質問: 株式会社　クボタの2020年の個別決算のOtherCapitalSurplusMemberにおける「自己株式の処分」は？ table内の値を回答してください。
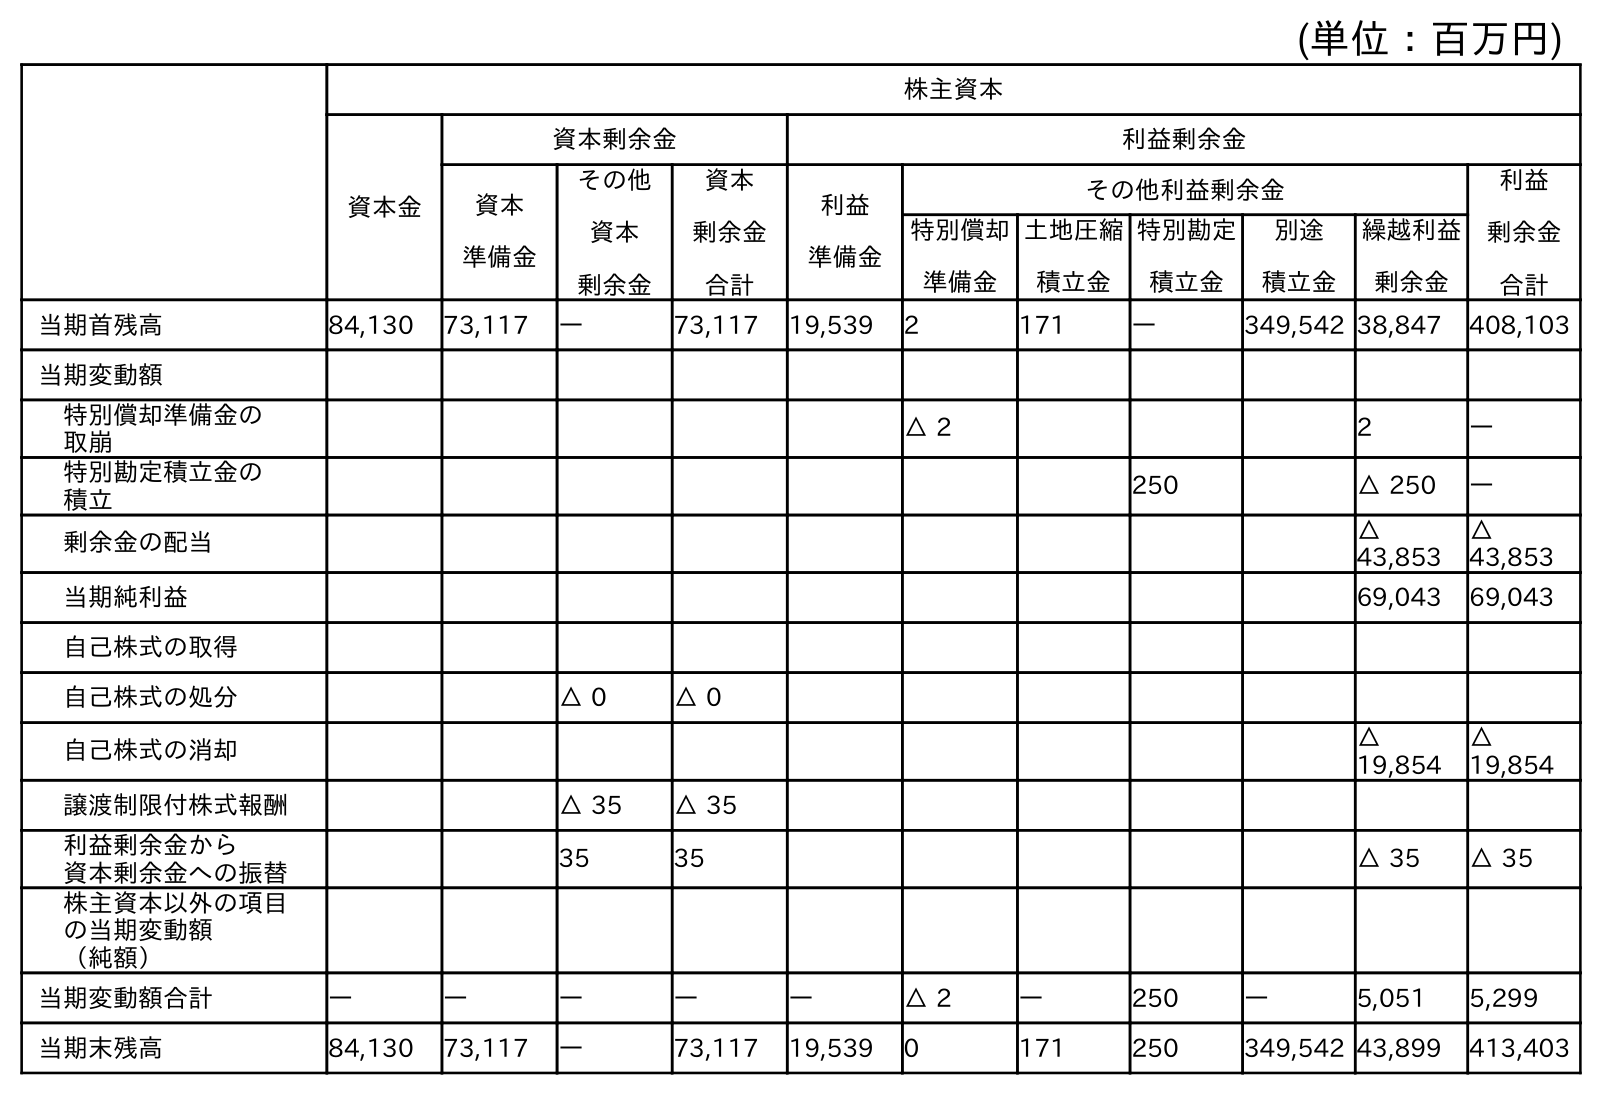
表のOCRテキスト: (単位：百万円) 株主資本 資本金 資本剰余金 利益剰余金 資本 準備金 その他 資本 剰余金 資本 剰余金 合計 利益 準備金 その他利益剰余金 利益 剰余金 合計 特別償却 準備金 土地圧縮 積立金 特別勘定 積立金 別途 積立金 繰越利益 剰余金 当期首残高 84,130 73,117 ― 73,117 19,539 2 171 ― 349,542 38,847 408,103 当期変動額 特別償却準備金の 取崩 △ 2 2 ― 特別勘定積立金の 積立 250 △ 250 ― 剰余金の配当 △ 43,853 △ 43,853 当期純利益 69,043 69,043 自己株式の取得 自己株式の処分 △ 0 △ 0 自己株式の消却 △ 19,854 △ 19,854 譲渡制限付株式報酬 △ 35 △ 35 利益剰余金から 資本剰余金への振替 35 35 △ 35 △ 35 株主資本以外の項目 の当期変動額 （純額） 当期変動額合計 ― ― ― ― ― △ 2 ― 250 ― 5,051 5,299 当期末残高 84,130 73,117 ― 73,117 19,539 0 171 250 349,542 43,899 413,403
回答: △0